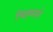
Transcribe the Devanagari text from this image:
चिह्नने